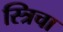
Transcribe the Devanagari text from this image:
स्त्रिचा